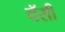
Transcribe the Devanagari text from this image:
चॅसी